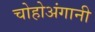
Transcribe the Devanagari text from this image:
चोहोअंगानी